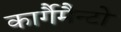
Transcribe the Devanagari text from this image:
कार्गैमैन्टो